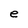
Character: e